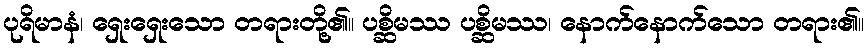
ပုရိမာနံ၊ ရှေးရှေးသော တရားတို့၏။ ပစ္ဆိမဿ ပစ္ဆိမဿ၊ နောက်နောက်သော တရား၏။